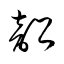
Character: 韶